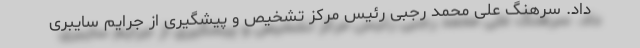
داد. سرهنگ علی محمد رجبی رئیس مرکز تشخیص و پیشگیری از جرایم سایبری